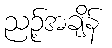
ညဉ့်အချိန်